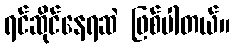
ရင်ဆိုင်နေရဆဲ ဖြစ်ပါတယ်။